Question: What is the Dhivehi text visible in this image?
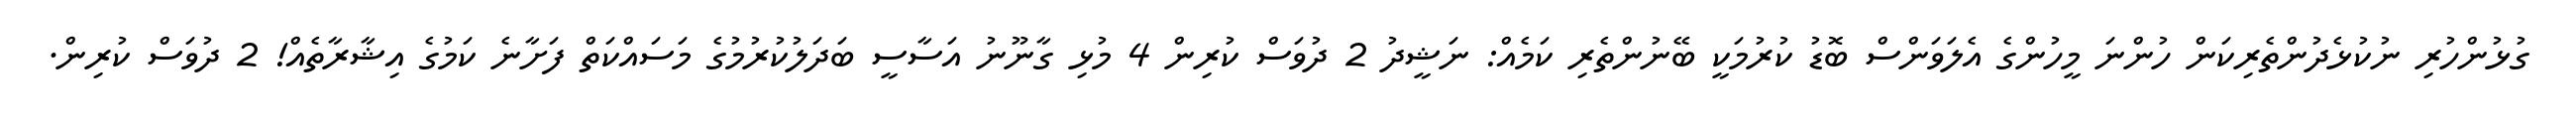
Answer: ގުޅުންހުރި ނުކުޅެދުންތެރިކަން ހުންނަ މީހުންގެ އެލަވަންސް ބޮޑު ކުރުމަކީ ބޭނުންތެރި ކަމެއް: ނަޝީދު 2 ދުވަސް ކުރިން 4 މުޅި ގާނޫނު އަސާސީ ބަދަލުކުރުމުގެ މަސައްކަތް ފަށާނެ ކަމުގެ އިޝާރާތެއް! 2 ދުވަސް ކުރިން.